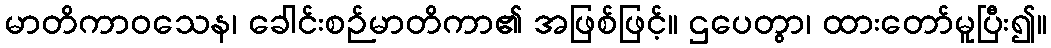
မာတိကာဝသေန၊ ခေါင်းစဉ်မာတိကာ၏ အဖြစ်ဖြင့်။ ဌပေတွာ၊ ထားတော်မူပြီး၍။